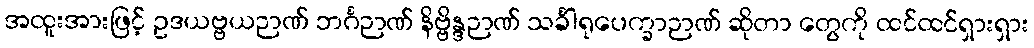
အထူးအားဖြင့် ဥဒယဗ္ဗယဉာဏ် ဘင်္ဂဉာဏ် နိဗ္ဗိန္ဒဉာဏ် သင်္ခါရုပေက္ခာဉာဏ် ဆိုတာ တွေကို ထင်ထင်ရှားရှား